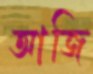
আজি